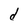
Character: d